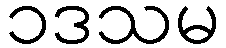
၁ဒသမ